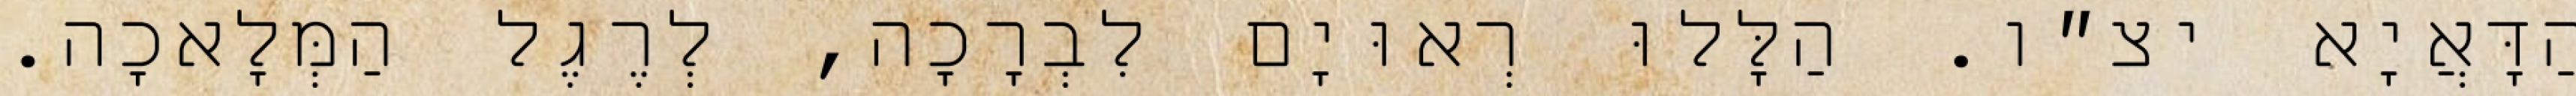
הַדָּאֲיָא יצ״ו. הַלָּלוּ רְאוּיָם לִבְרָכָה, לְרֶגֶל הַמְּלָאכָה.